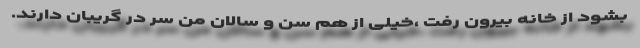
بشود از خانه بیرون رفت ،خیلی از هم سن و سالان من سر در گریبان دارند.